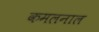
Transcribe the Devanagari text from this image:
कमलनाल